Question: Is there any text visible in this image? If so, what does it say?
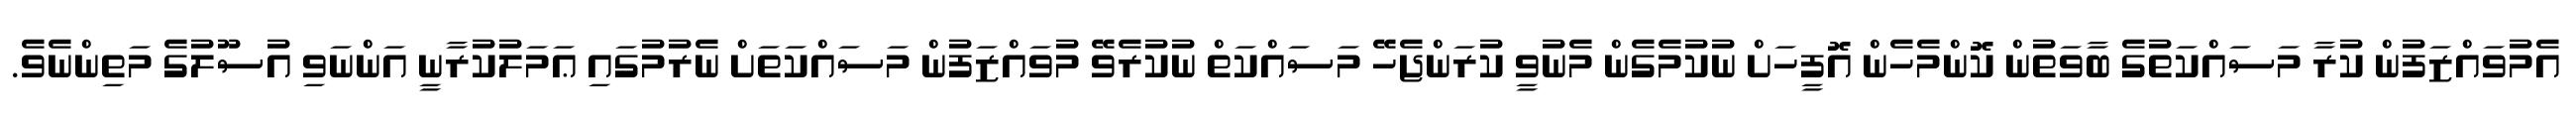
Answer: އެމުވައްޒަފުން ކުރާ މަސައްކަތުގެ ބާވަތުން ކޮންމެހެން އޮފީހަށް ނުކުމެގެން މެނުވީ ކުރަންޖެހޭ މަސައްކަތް ނުކުރެވޭ މުވައްޒަފުން މަސައްކަތަށް ނެރުމުގައި ޢަމަލުކުރާނީ އަންނަވި އުސޫލުގެ މަތިންނެވެ.